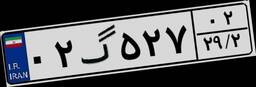
۶۰گ۲۹۷۹۹